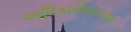
અધિકારી૦ર૬૭ર